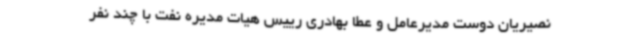
نصیریان دوست مدیرعامل و عطا بهادری رییس هیات مدیره نفت با چند نفر